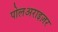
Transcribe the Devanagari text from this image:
पोलअराइज़र